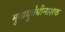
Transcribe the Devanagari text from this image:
मुखदुर्गंधीनाशक